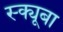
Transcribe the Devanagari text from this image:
स्क्यूबा